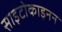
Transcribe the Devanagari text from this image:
साइटोकाइनन